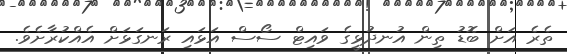
ތެރެ އަށް ބޮޑު ތިން އުނދުޅީގެ ވައިޓް ސޯސް އަޅައި ރަނގަޅަށް އެއްކުރާށެވެ.